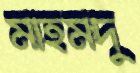
মাহমদু